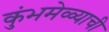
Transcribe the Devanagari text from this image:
कुंभमेळ्याची